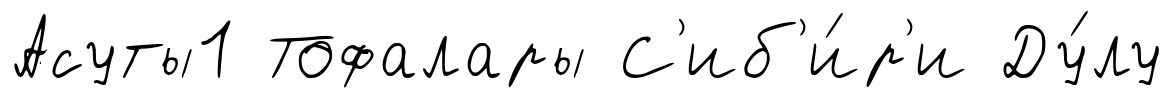
Асуты1 Тофалары С'иб'и́р'и Ду́лу